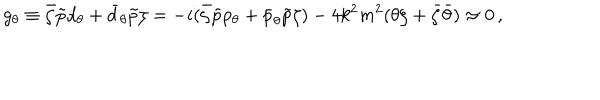
LaTeX: g _ { \theta } \equiv \bar { \zeta } \tilde { p } d _ { \theta } + \bar { d } _ { \theta } \tilde { p } \zeta = - i ( \bar { \zeta } \tilde { p } p _ { \theta } + \bar { p } _ { \theta } \tilde { p } \zeta ) - 4 k ^ { 2 } m ^ { 2 } ( \theta \zeta + \bar { \zeta } \bar { \theta } ) \approx 0 \, ,